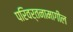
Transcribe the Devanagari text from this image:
परिवर्तनामागील